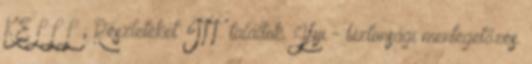
KELLL ; Részleteket ITT. találtok. Jfyi - biztonsági mentegetőzés.